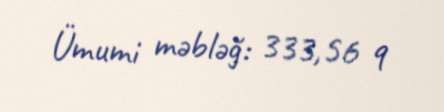
Ümumi məbləğ: 333,56 q